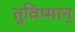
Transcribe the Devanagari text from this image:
तुविष्मान्